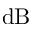
\mathrm { d B }